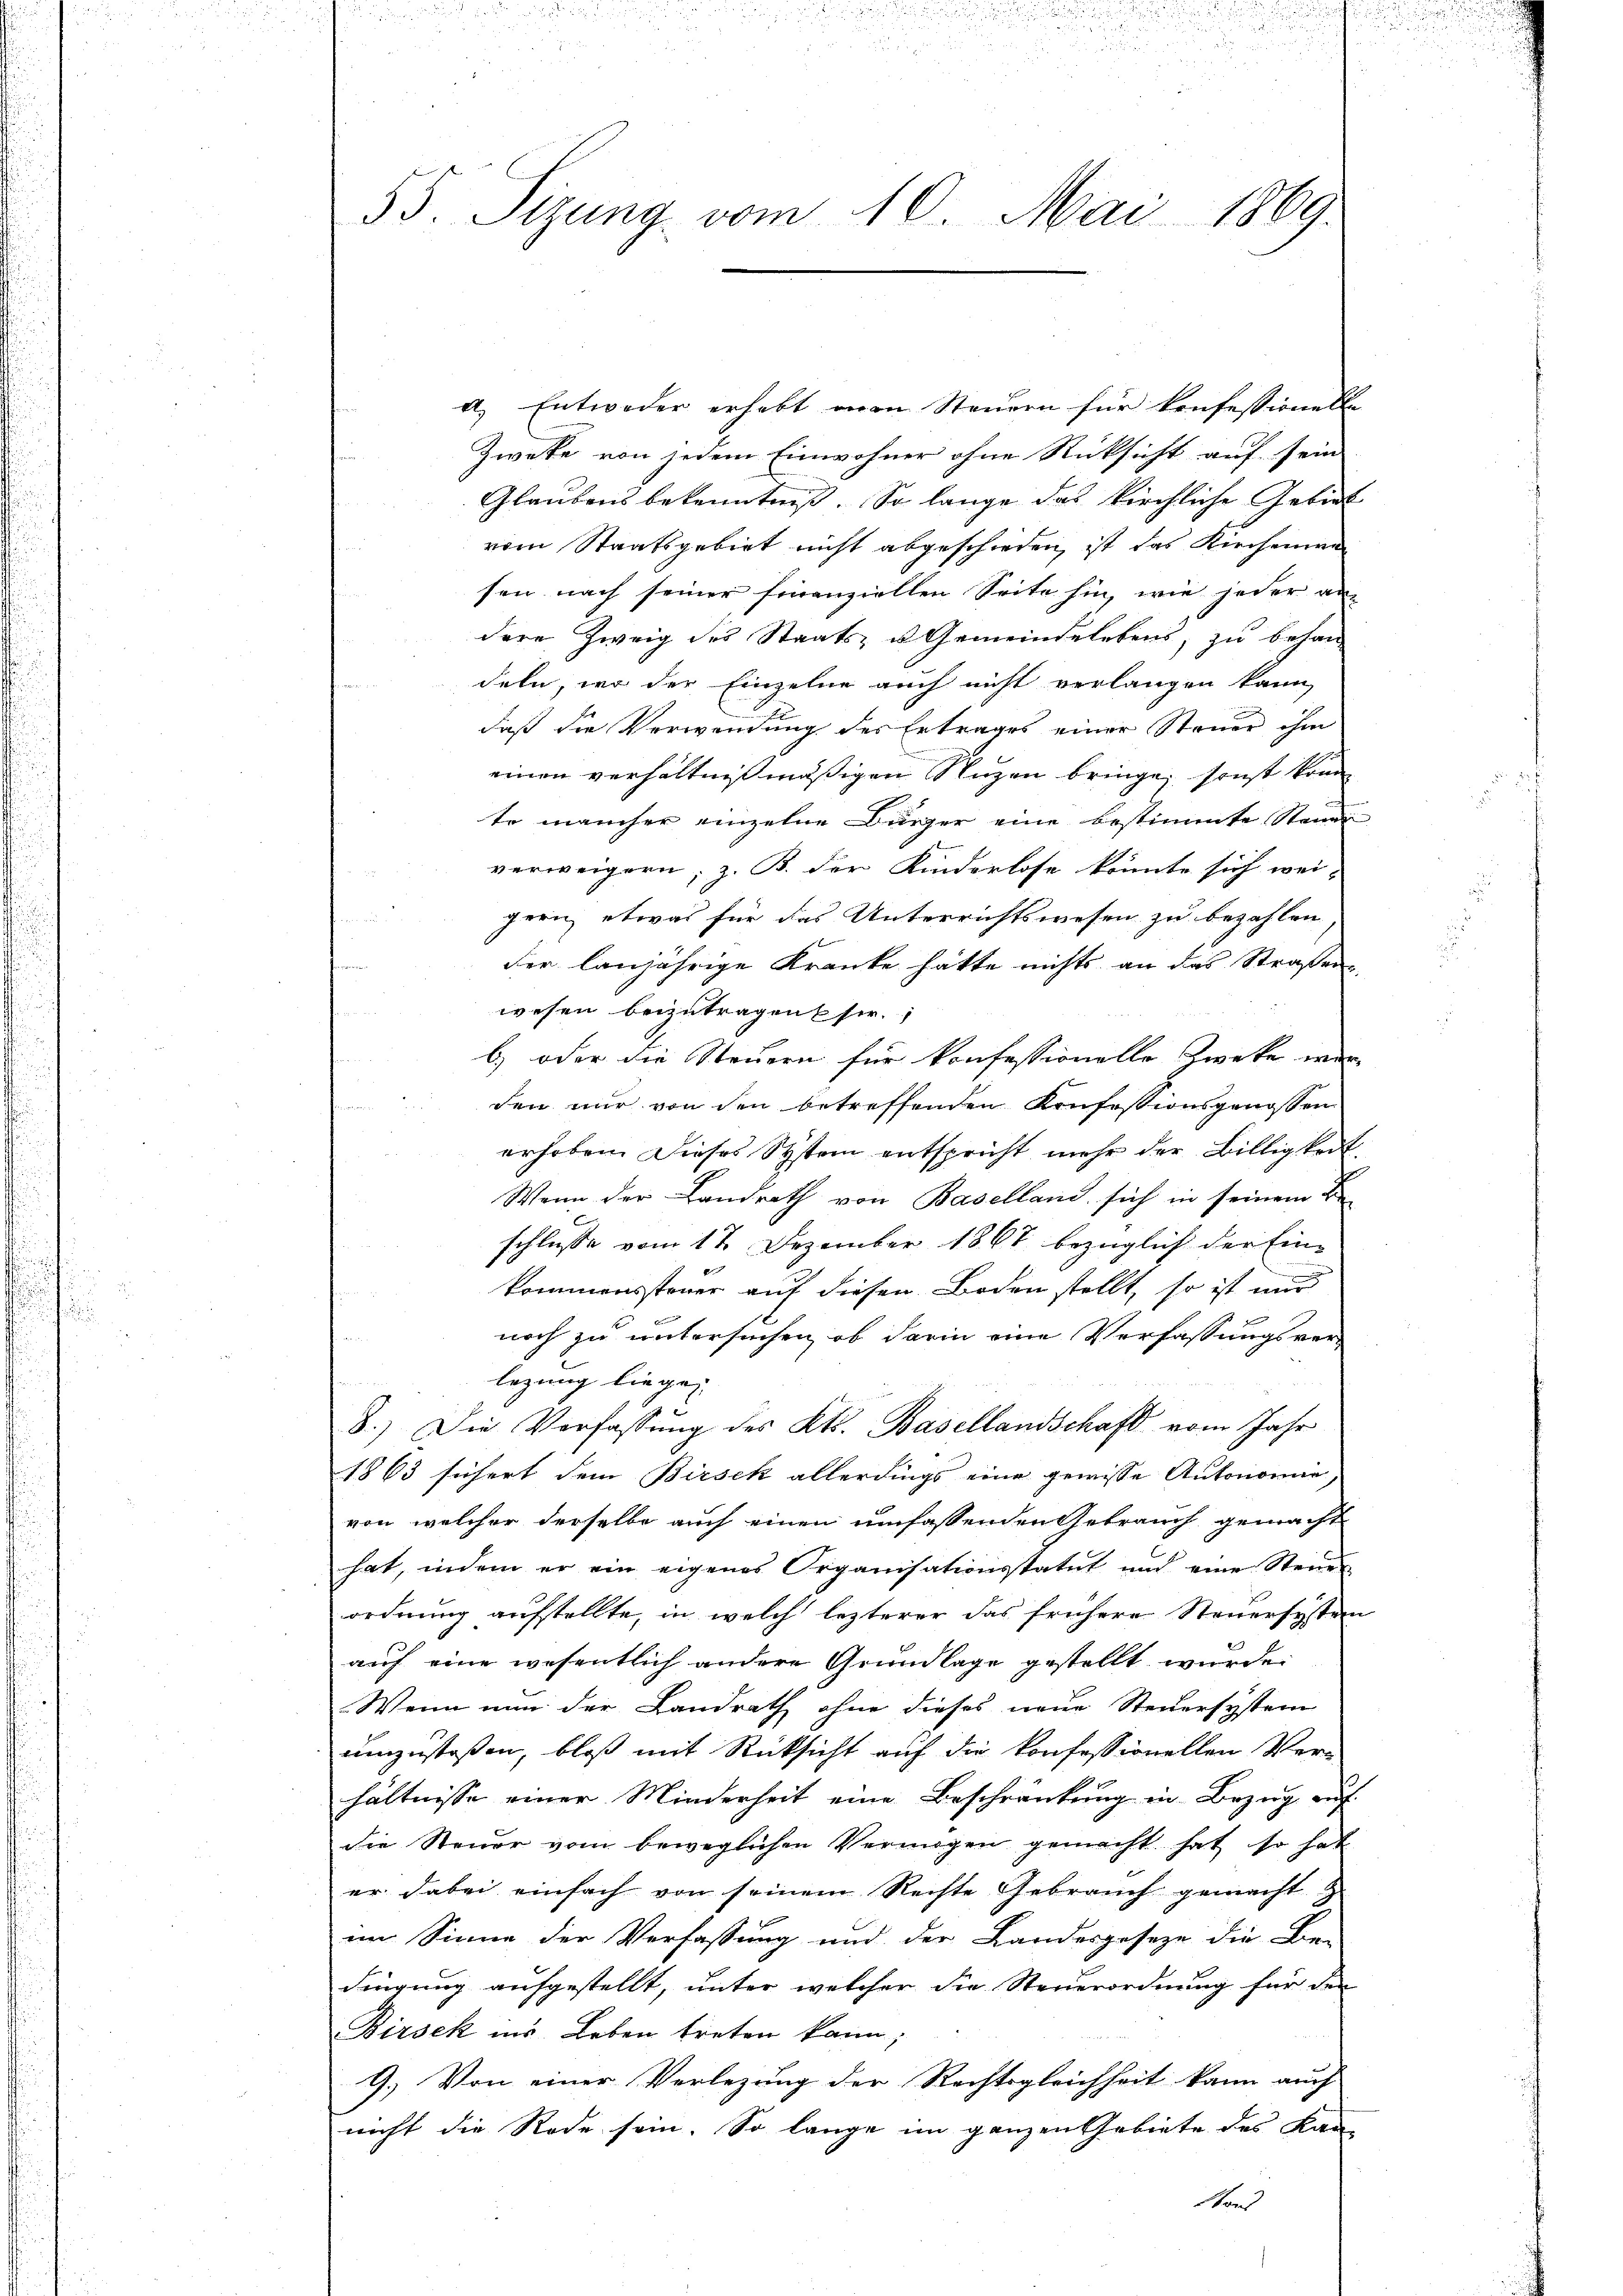
55. Sizung vom 10. Mai 1869.

a. Entweder erhebt von Steuern für konfessionelle
Zweke von jedem Einwohner ohne Rücksicht auf sein
Glaubensbekenntniß. So lange das kirchliche Gebiet
vom Staatsgebiet nicht abgeschieden, ist das Kirchenwe
sen nach seiner finanziellen Seite hin, wie jeder an-
dere Zweig des Staats- u Gemeindelebens, zu behandeln, wo der Einzelne auch nicht verlangen kann,
daß die Verwendung des Ertrages einer Steuer ihm
einen verhältnißmäßigen Nuzen bringe, sonst könne
te mancher einzelne Bürger eine bestimmte Stande
verweigern; z. B. der Kinderlose könnte sich wei-
Jeri etwas für das Unterrichtswesen zu bezahlen
u
der lanjährige Kranke hatte nichts an das Straßen
wesen beizutragen sie.
b) oder die Steuern für konfessionelle Zweke wer
den nur von den betreffenden Konfessionsgenossen
erhoben. Dieses System entspricht mehr der Billigkeit.
Wenn der Landrath von Baselland sich in seinem Be
schlüsse vom 17. Dezember 1867 bezüglich der Einkommenssteuer auf diesen Boden stellt, so ist nur
noch zu untersuchen, ob darin eine Verfassungsver-
legung liegen
8.) Die Verfassung des Kts. Basellandschaft vom Jahr
1863 sichert dem Birsek allerdings eine gewisse Autonomie,
von welcher derselbe auch einen umfassenden Gebrauch gemacht
hat, indem er ein eigenes Organisationsstatut und eine Steŭer-
ordnung aufstellte, in welch lezterer das frühere Steuersystern
auf eine wesentlich andere Grundlage gestellt wurde.
Wenn nun der Landrath ohne dieses neue Steuersystem
umzustoßen, bloß mit Rücksicht auf die konfessionellen Ver-
hältnisse einer Minderheit eine Beschränkung in Bezŭg aŭf
die Steuer vom beweglichen Vermögen gemacht hat, so hat
er dabei einfach von seinem Rechte Gebrauch gemacht
im Sinne der Verfassung und der Landesgeseze die Be-
dingung aufgestellt, unter welcher die Steuerordnung für den
Birsek ins Leben treten kann;
9.) Von einer Verlegung der Rechtsgleichheit kann auch
nicht die Rede sein. So lange im ganzen Gebiete des Kan-
Hans